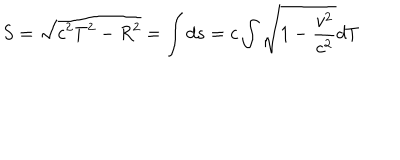
S = \sqrt { c ^ { 2 } T ^ { 2 } - R ^ { 2 } } = \int d s = c \int \sqrt { 1 - \frac { v ^ { 2 } } { c ^ { 2 } } } d T